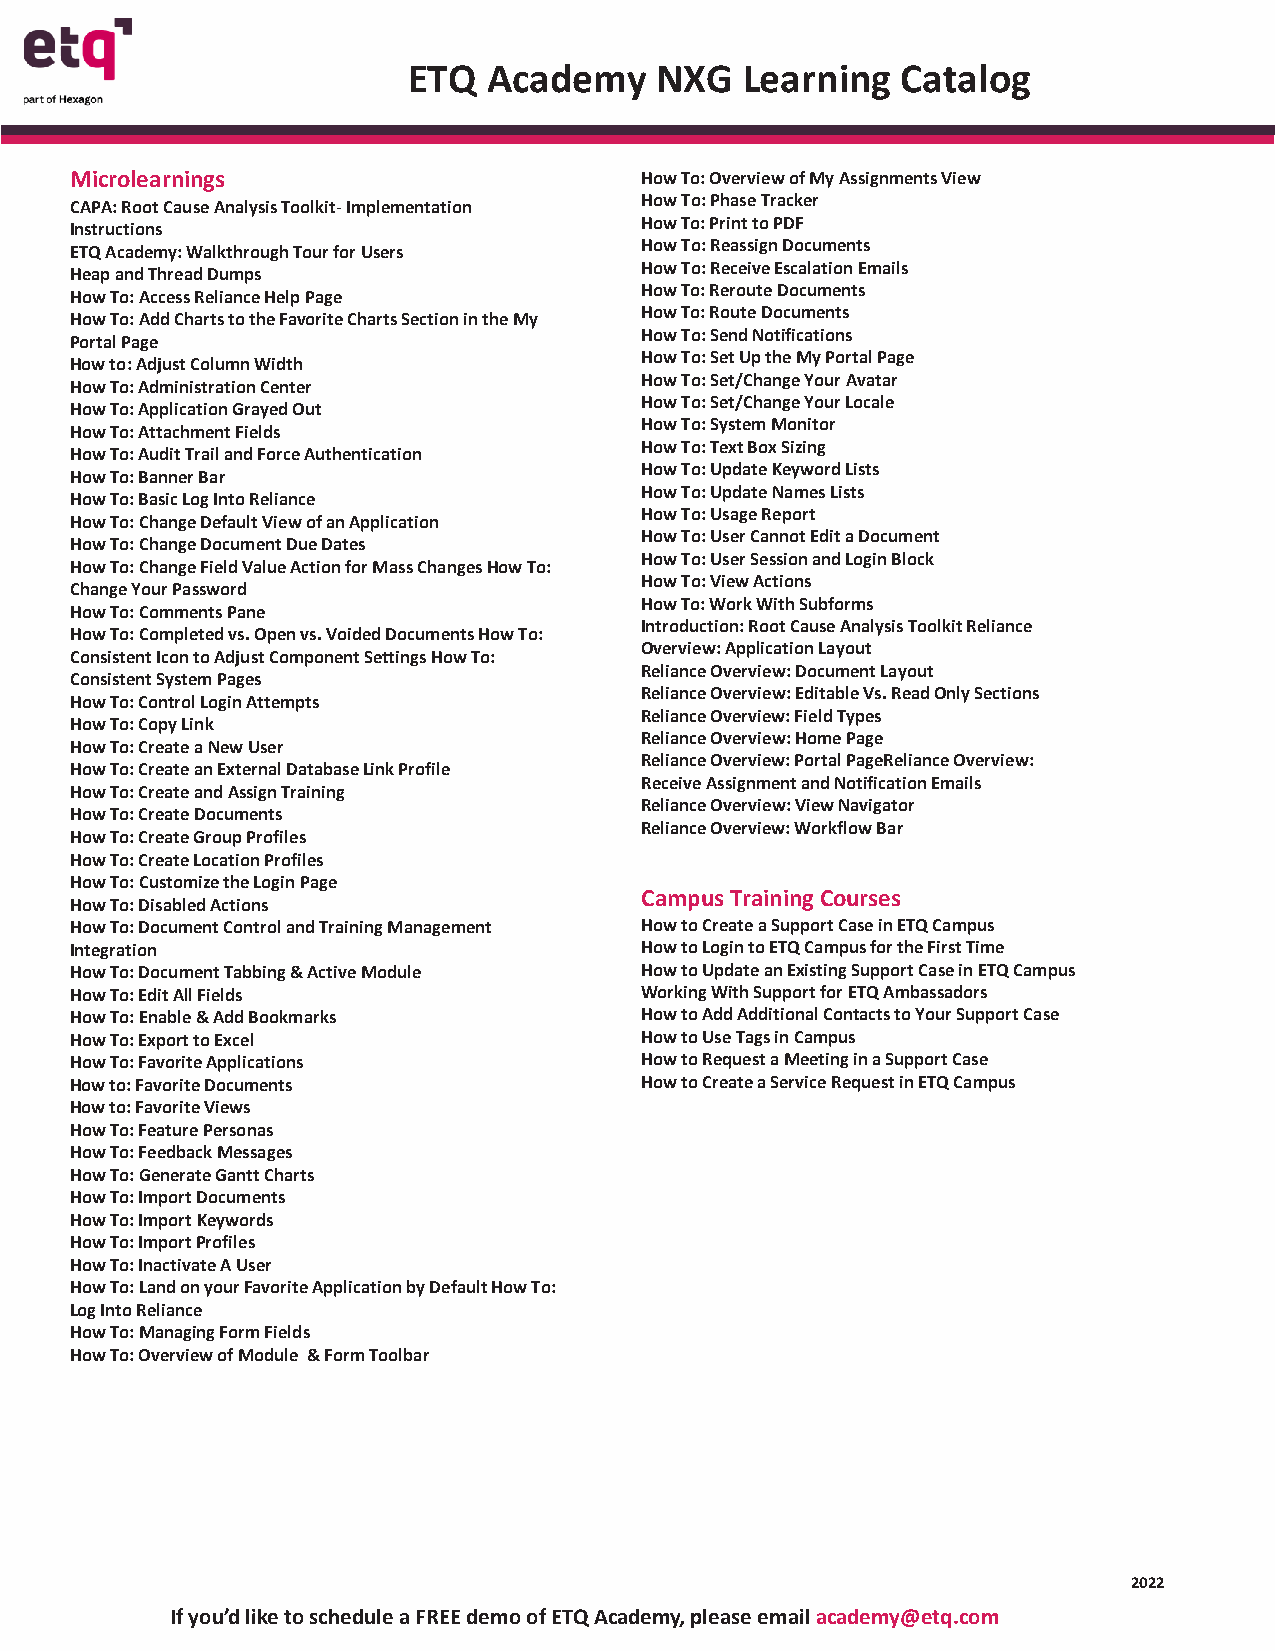
ETQ  Academy    NXG   Learning   Catalog
 Microlearnings                       How To: Overview of My Assignments View
 How To: Phase Tracker
 CAPA: Root Cause Analysis Toolkit- Implementation
 How To: Print to PDF
 Instructions
 How To: Reassign Documents
 ETQ Academy: Walkthrough Tour for Users
 How To: Receive Escalation Emails
 Heap and Thread Dumps
 How To: Reroute Documents
 How To: Access Reliance Help Page
 How To: Route Documents
 How To: Add Charts to the Favorite Charts Section in the My
 How To: Send Notifications
 Portal Page
 How To: Set Up the My Portal Page
 How to: Adjust Column Width
 How To: Set/Change Your Avatar
 How To: Administration Center
 How To: Set/Change Your Locale
 How To: Application Grayed Out
 How To: System Monitor
 How To: Attachment Fields
 How To: Text Box Sizing
 How To: Audit Trail and Force Authentication
 How To: Update Keyword Lists
 How To: Banner Bar
 How To: Update Names Lists
 How To: Basic Log Into Reliance
 How To: Usage Report
 How To: Change Default View of an Application
 How To: User Cannot Edit a Document
 How To: Change Document Due Dates
 How To: User Session and Login Block
 How To: Change Field Value Action for Mass Changes How To:
 How To: View Actions
 Change Your Password
 How To: Work With Subforms
 How To: Comments Pane
 Introduction: Root Cause Analysis Toolkit Reliance
 How To: Completed vs. Open vs. Voided Documents How To:
 Overview: Application Layout
 Consistent Icon to Adjust Component Settings How To:
 Reliance Overview: Document Layout
 Consistent System Pages
 Reliance Overview: Editable Vs. Read Only Sections
 How To: Control Login Attempts
 Reliance Overview: Field Types
 How To: Copy Link
 Reliance Overview: Home Page
 How To: Create a New User
 Reliance Overview: Portal PageReliance Overview:
 How To: Create an External Database Link Profile
 Receive Assignment and Notification Emails
 How To: Create and Assign Training
 Reliance Overview: View Navigator
 How To: Create Documents
 Reliance Overview: Workflow Bar
 How To: Create Group Profiles
 How To: Create Location Profiles
 How To: Customize the Login Page
 Campus Training Courses
 How To: Disabled Actions
 How To: Document Control and Training Management How to Create a Support Case in ETQ Campus
 Integration                          How to Login to ETQ Campus for the First Time
 How To: Document Tabbing & Active Module How to Update an Existing Support Case in ETQ Campus
 How To: Edit All Fields              Working With Support for ETQ Ambassadors
 How To: Enable & Add Bookmarks       How to Add Additional Contacts to Your Support Case
 How To: Export to Excel              How to Use Tags in Campus
 How To: Favorite Applications        How to Request a Meeting in a Support Case
 How to: Favorite Documents           How to Create a Service Request in ETQ Campus
 How to: Favorite Views
 How To: Feature Personas
 How To: Feedback Messages
 How To: Generate Gantt Charts
 How To: Import Documents
 How To: Import Keywords
 How To: Import Profiles
 How To: Inactivate A User
 How To: Land on your Favorite Application by Default How To:
 Log Into Reliance
 How To: Managing Form Fields
 How To: Overview of Module & Form Toolbar
 2022
 If you’d like to schedule a FREE demo of ETQ Academy, please email academy@etq.com